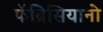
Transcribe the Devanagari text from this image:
फॅब्रिसियानो